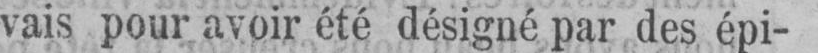
vais pour avoir été désigné par des épi-